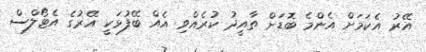
އޭރު އެކަމަށް އެންމެ ބޮޑަށް ތާއީދު ކުރެއްވި އެއް ބޭފުޅަކީ އޭރުގެ އެޓޯލްސް